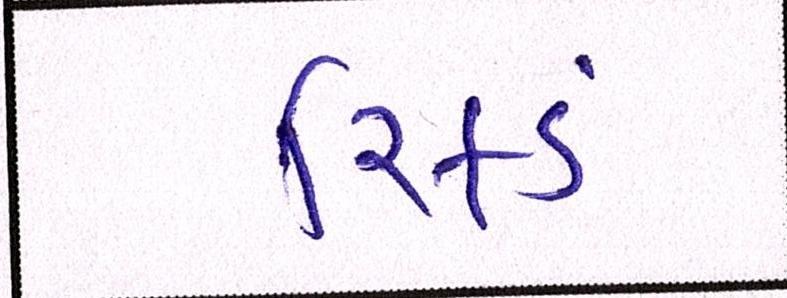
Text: રિફડં